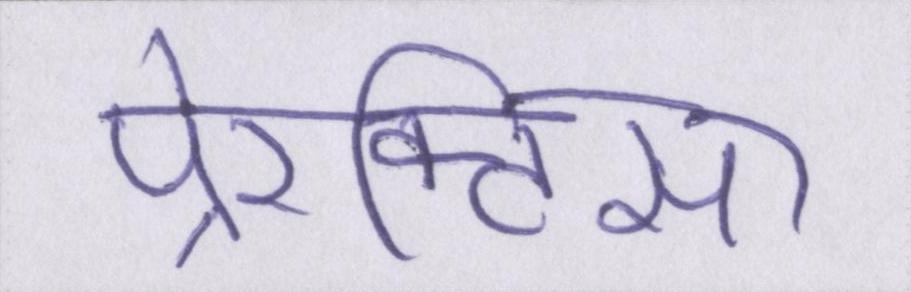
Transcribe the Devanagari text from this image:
पे्रक्टिस